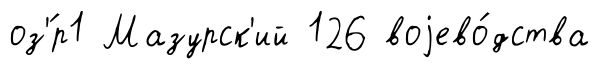
оз'́р1 Мазурск'ий 126 воjево́дства